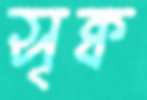
সৃক্ব